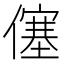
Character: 僿